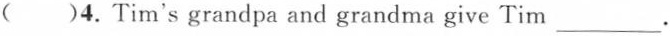
( )4.Tim's grandpa and grandma give Tim ___ .